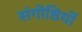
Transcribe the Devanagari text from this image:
संगॊष्ठियॊं